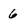
Character: 6